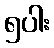
၅ပါး